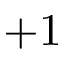
+ 1